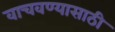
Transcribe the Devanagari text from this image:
वाचवण्‍यासाठी